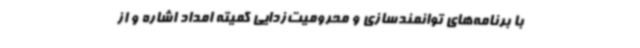
با برنامه‌های توانمندسازی و محرومیت‌زدایی کمیته امداد اشاره و از